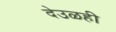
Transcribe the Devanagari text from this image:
देउळही